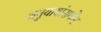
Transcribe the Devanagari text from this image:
अनुयायांसमोर